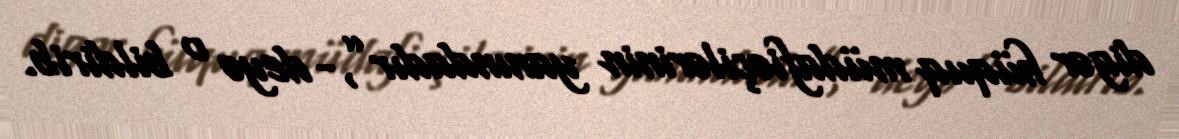
digər hüquq müdafiəçilərinin yanındadır”,- deyə o bildirib.